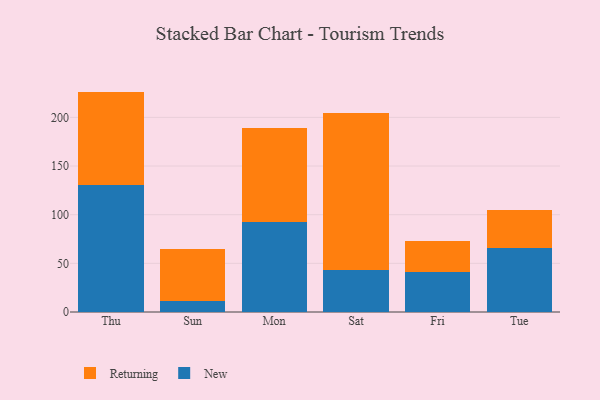
{"axis": {"x": "Day", "y": "Bounce Rate (%)"}, "legend": ["New", "Returning"], "data": [{"x": "Thu", "y": 130.5, "type": "New"}, {"x": "Thu", "y": 96.0, "type": "Returning"}, {"x": "Sun", "y": 11.8, "type": "New"}, {"x": "Sun", "y": 53.2, "type": "Returning"}, {"x": "Mon", "y": 92.2, "type": "New"}, {"x": "Mon", "y": 96.4, "type": "Returning"}, {"x": "Sat", "y": 43.3, "type": "New"}, {"x": "Sat", "y": 161.4, "type": "Returning"}, {"x": "Fri", "y": 40.7, "type": "New"}, {"x": "Fri", "y": 32.4, "type": "Returning"}, {"x": "Tue", "y": 65.4, "type": "New"}, {"x": "Tue", "y": 39.4, "type": "Returning"}]}